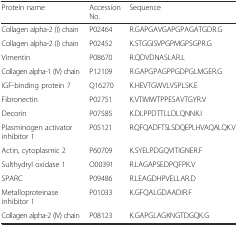
| Protein name | Accession No. | Sequence |
 | --- | --- | --- |
 | Collagen alpha-2 (I) chain | P02464 | R.GAPGAVGAPGPAGATGDR.G |
 | Collagen alpha-2 (I) chain | P02452 | K.STGGISVPGPMGPSGPR.G |
 | Vimentin | P08670 | R.QDVDNASLAR.L |
 | Collagen alpha-1 (IV) chain | P12109 | R.GAPGPAGPPGDPGLMGER.G |
 | IGF-binding protein 7 | Q16270 | K.HEVTGWVLVSPLSK.E |
 | Fibronectin | P02751 | K.VTIMWTPPESAVTGYR.V |
 | Decorin | P07585 | K.DLPPDTTLLDLQNNK.I |
 | Plasminogen activator inhibitor 1 | P05121 | R.QFQADFTSLSDQEPLHVAQALQK.V |
 | Actin, cytoplasmic 2 | P60709 | K.SYELPDGQVITIGNER.F |
 | Sulthydryl oxidase 1 | O00391 | R.LAGAPSEDPQFPK.V |
 | SPARC | P09486 | R.LEAGDHPVELLAR.D |
 | Metalloproteinase inhibitor 1 | P01033 | K.GFQALGDAADIR.F |
 | Collagen alpha-2 (IV) chain | P08123 | K.GAPGLAGKNGTDGQK.G |